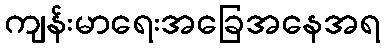
ကျန်းမာရေးအခြေအနေအရ